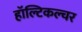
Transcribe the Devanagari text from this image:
हॉल्टिकल्चर